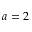
a = 2